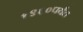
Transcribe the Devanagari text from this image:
१९६०पर्यंत